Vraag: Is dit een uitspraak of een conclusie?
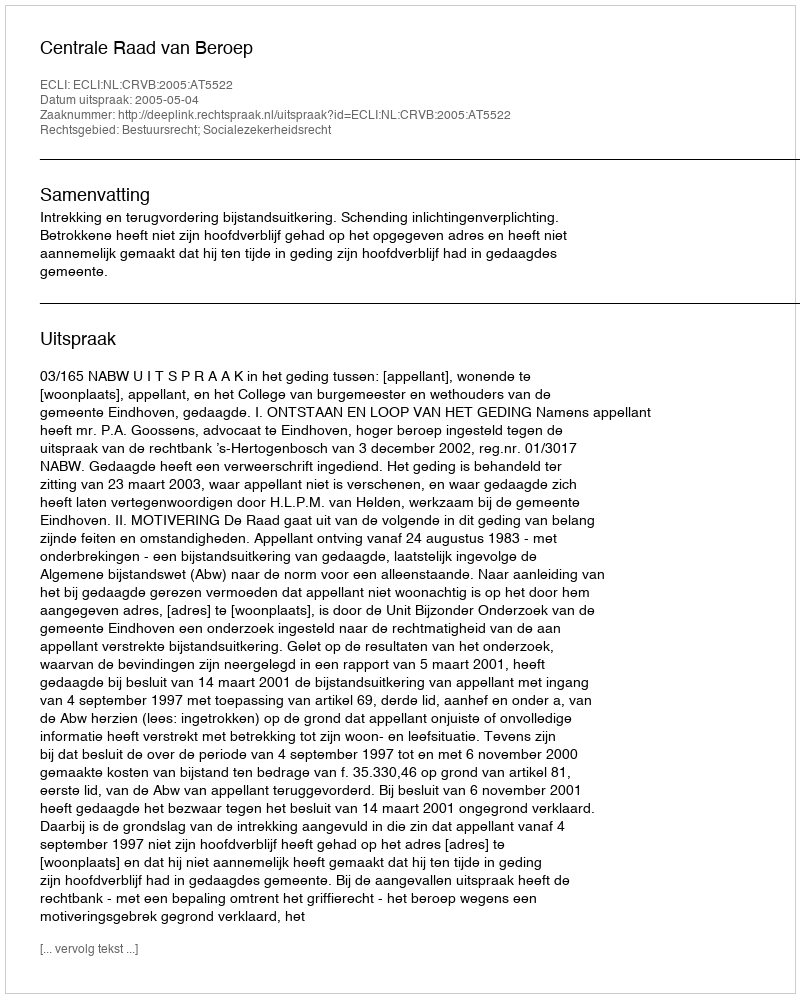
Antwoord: Uitspraak